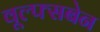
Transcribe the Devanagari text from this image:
वूल्फ्सबेन